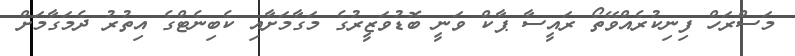
މަސްރަހް ފިނިކުރެއްވޭތޯ ރައީސާ ޕާކް ވަނީ ބޮޑުވަޒީރުގެ މަގާމަށާއި ކެބިނެޓްގެ އިތުރު ދެމަގާމަށް